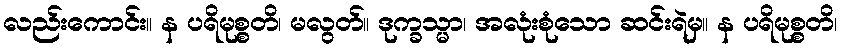
လည်းကောင်း။ န ပရိမုစ္စတိ၊ မလွတ်။ ဒုက္ခသ္မာ၊ အလုံးစုံသော ဆင်းရဲမှ။ န ပရိမုစ္စတိ၊